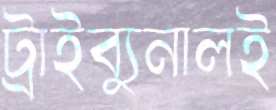
ট্রাইব্যুনালই